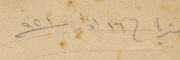
منتريا في ١٦ آذار ١٩٢١